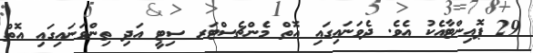
29 ޕޮއިންޓާއެކު އެވެ. ދެވަނައިގައި އޮތް މެންޗެސްޓަރ ސިޓީ އަދި ތިންވަނައިގައި އޮތް